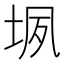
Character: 𰉬